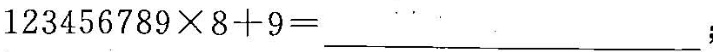
$$1 2 3 4 5 6 7 8 9 \times 8 + 9 = ___$$；